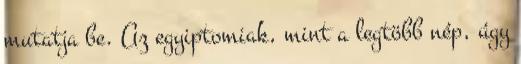
mutatja be. Az egyiptomiak, mint a legtöbb nép, úgy